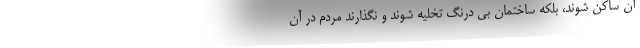
آن ساکن شوند، بلکه ساختمان بی درنگ تخلیه شوند و نگذارند مردم در آن